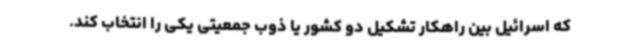
که اسرائیل بین راهکار تشکیل دو کشور یا ذوب جمعیتی یکی را انتخاب کند.